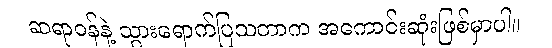
ဆရာဝန်နဲ့ သွားရောက်ပြသတာက အကောင်းဆုံးဖြစ်မှာပါ။